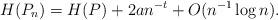
LaTeX: \begin{align*}H(P_n) = H(P)+ 2 a n^{-t} +O( n^{-1}\log n). \end{align*}